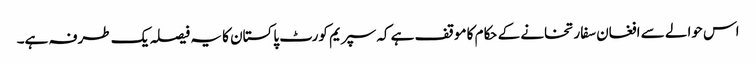
اس حوالے سے افغان سفارتخانے کے حکام کا موقف ہے کہ سپریم کورٹ پاکستان کا یہ فیصلہ یک طرفہ ہے۔